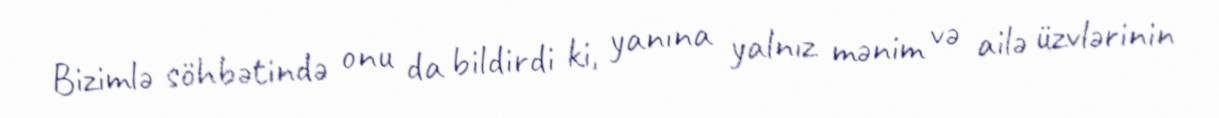
Bizimlə söhbətində onu da bildirdi ki, yanına yalnız mənim və ailə üzvlərinin